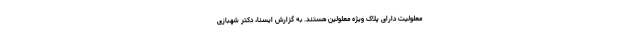
معلولیت دارای پلاک ویژه معلولین هستند. به گزارش ایسنا، دکتر شهبازی